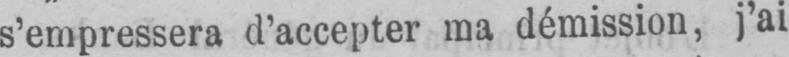
s’empressera d’accepter ma démission, j’ai